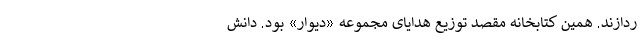
ردازند. همین کتابخانه مقصد توزیع هدایای مجموعه «دیوار» بود. ‌دانش